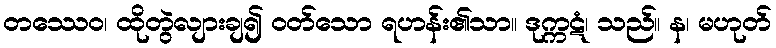
တဿေဝ၊ ထိုတွဲလျားချ၍ ဝတ်သော ရဟန်း၏သာ။ ဒုက္ကဋံ၊ သည်။ န၊ မဟုတ်